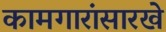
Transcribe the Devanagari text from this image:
कामगारांसारखे